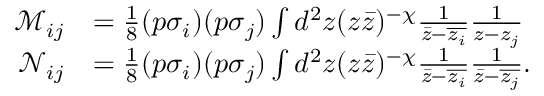
\begin{array} { r l } { \mathcal M _ { i j } } & { = \frac { 1 } { 8 } ( p \sigma _ { i } ) ( p \sigma _ { j } ) \int d ^ { 2 } z ( z \bar { z } ) ^ { - \chi } \frac { 1 } { \bar { z } - \overline { { z _ { i } } } } \frac { 1 } { z - z _ { j } } } \\ { \mathcal N _ { i j } } & { = \frac { 1 } { 8 } ( p \sigma _ { i } ) ( p \sigma _ { j } ) \int d ^ { 2 } z ( z \bar { z } ) ^ { - \chi } \frac { 1 } { \bar { z } - \overline { { z _ { i } } } } \frac { 1 } { \bar { z } - \overline { { z _ { j } } } } . } \end{array}